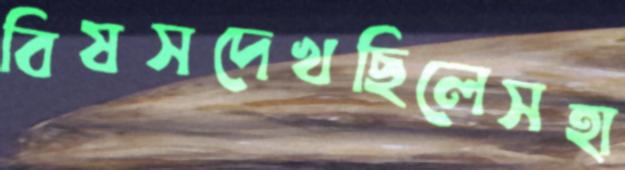
বিষসদেখছিলেসহা